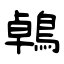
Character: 鵫